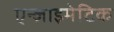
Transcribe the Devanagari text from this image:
एन्ज़ाइमेटिक